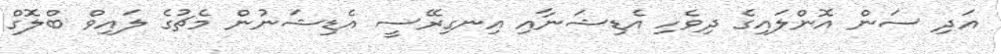
އަދި ސަން އޮންލައިގެ ދިވެހި އެޑިޝަނާއި އިނގިރޭސީ އެޑިޝަނުން މެޗުގެ ލައިވް ބްލޮގް